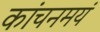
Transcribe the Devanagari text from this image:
कांचनमयं